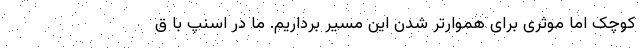
کوچک اما موثری برای هموارتر شدن این مسیر برداریم. ما در اسنپ با ق